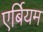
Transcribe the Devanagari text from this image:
एर्बियम